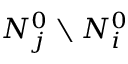
N _ { j } ^ { 0 } \setminus N _ { i } ^ { 0 }